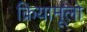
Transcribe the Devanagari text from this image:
क्रियामूलों